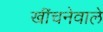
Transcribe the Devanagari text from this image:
खींचनेवाले